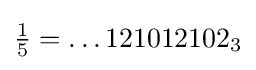
{\tfrac {1}{5}}=\ldots 121012102_{3}